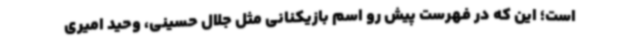
است؛ این که در فهرست پیش رو اسم بازیکنانی مثل جلال حسینی، وحید امیری